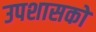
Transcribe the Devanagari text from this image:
उपशासकों